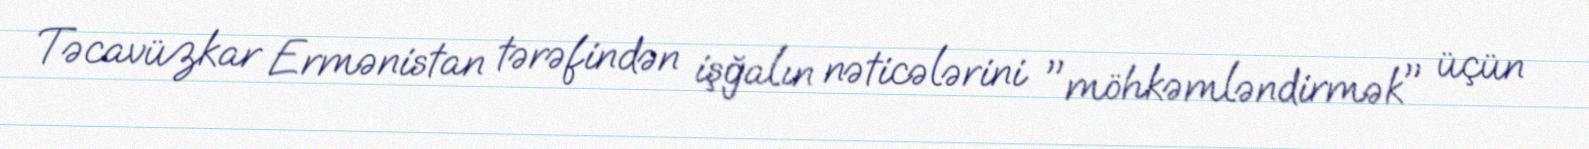
Təcavüzkar Ermənistan tərəfindən işğalın nəticələrini "möhkəmləndirmək" üçün